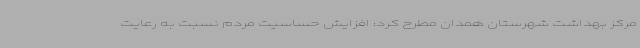
مرکز بهداشت شهرستان همدان مطرح کرد: افزایش حساسیت مردم نسبت به رعایت